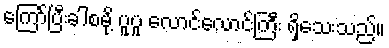
ကြော်ပြီးခါစမို့ ပူပူ လောင်လောင်ကြီး ရှိသေးသည်။